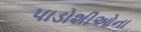
પાડોશીઓના